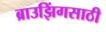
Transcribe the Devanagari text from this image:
ब्राउझिंगसाठी